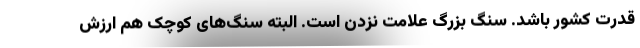
قدرت کشور باشد. سنگ بزرگ علامت نزدن است. البته سنگ‌های کوچک هم ارزش